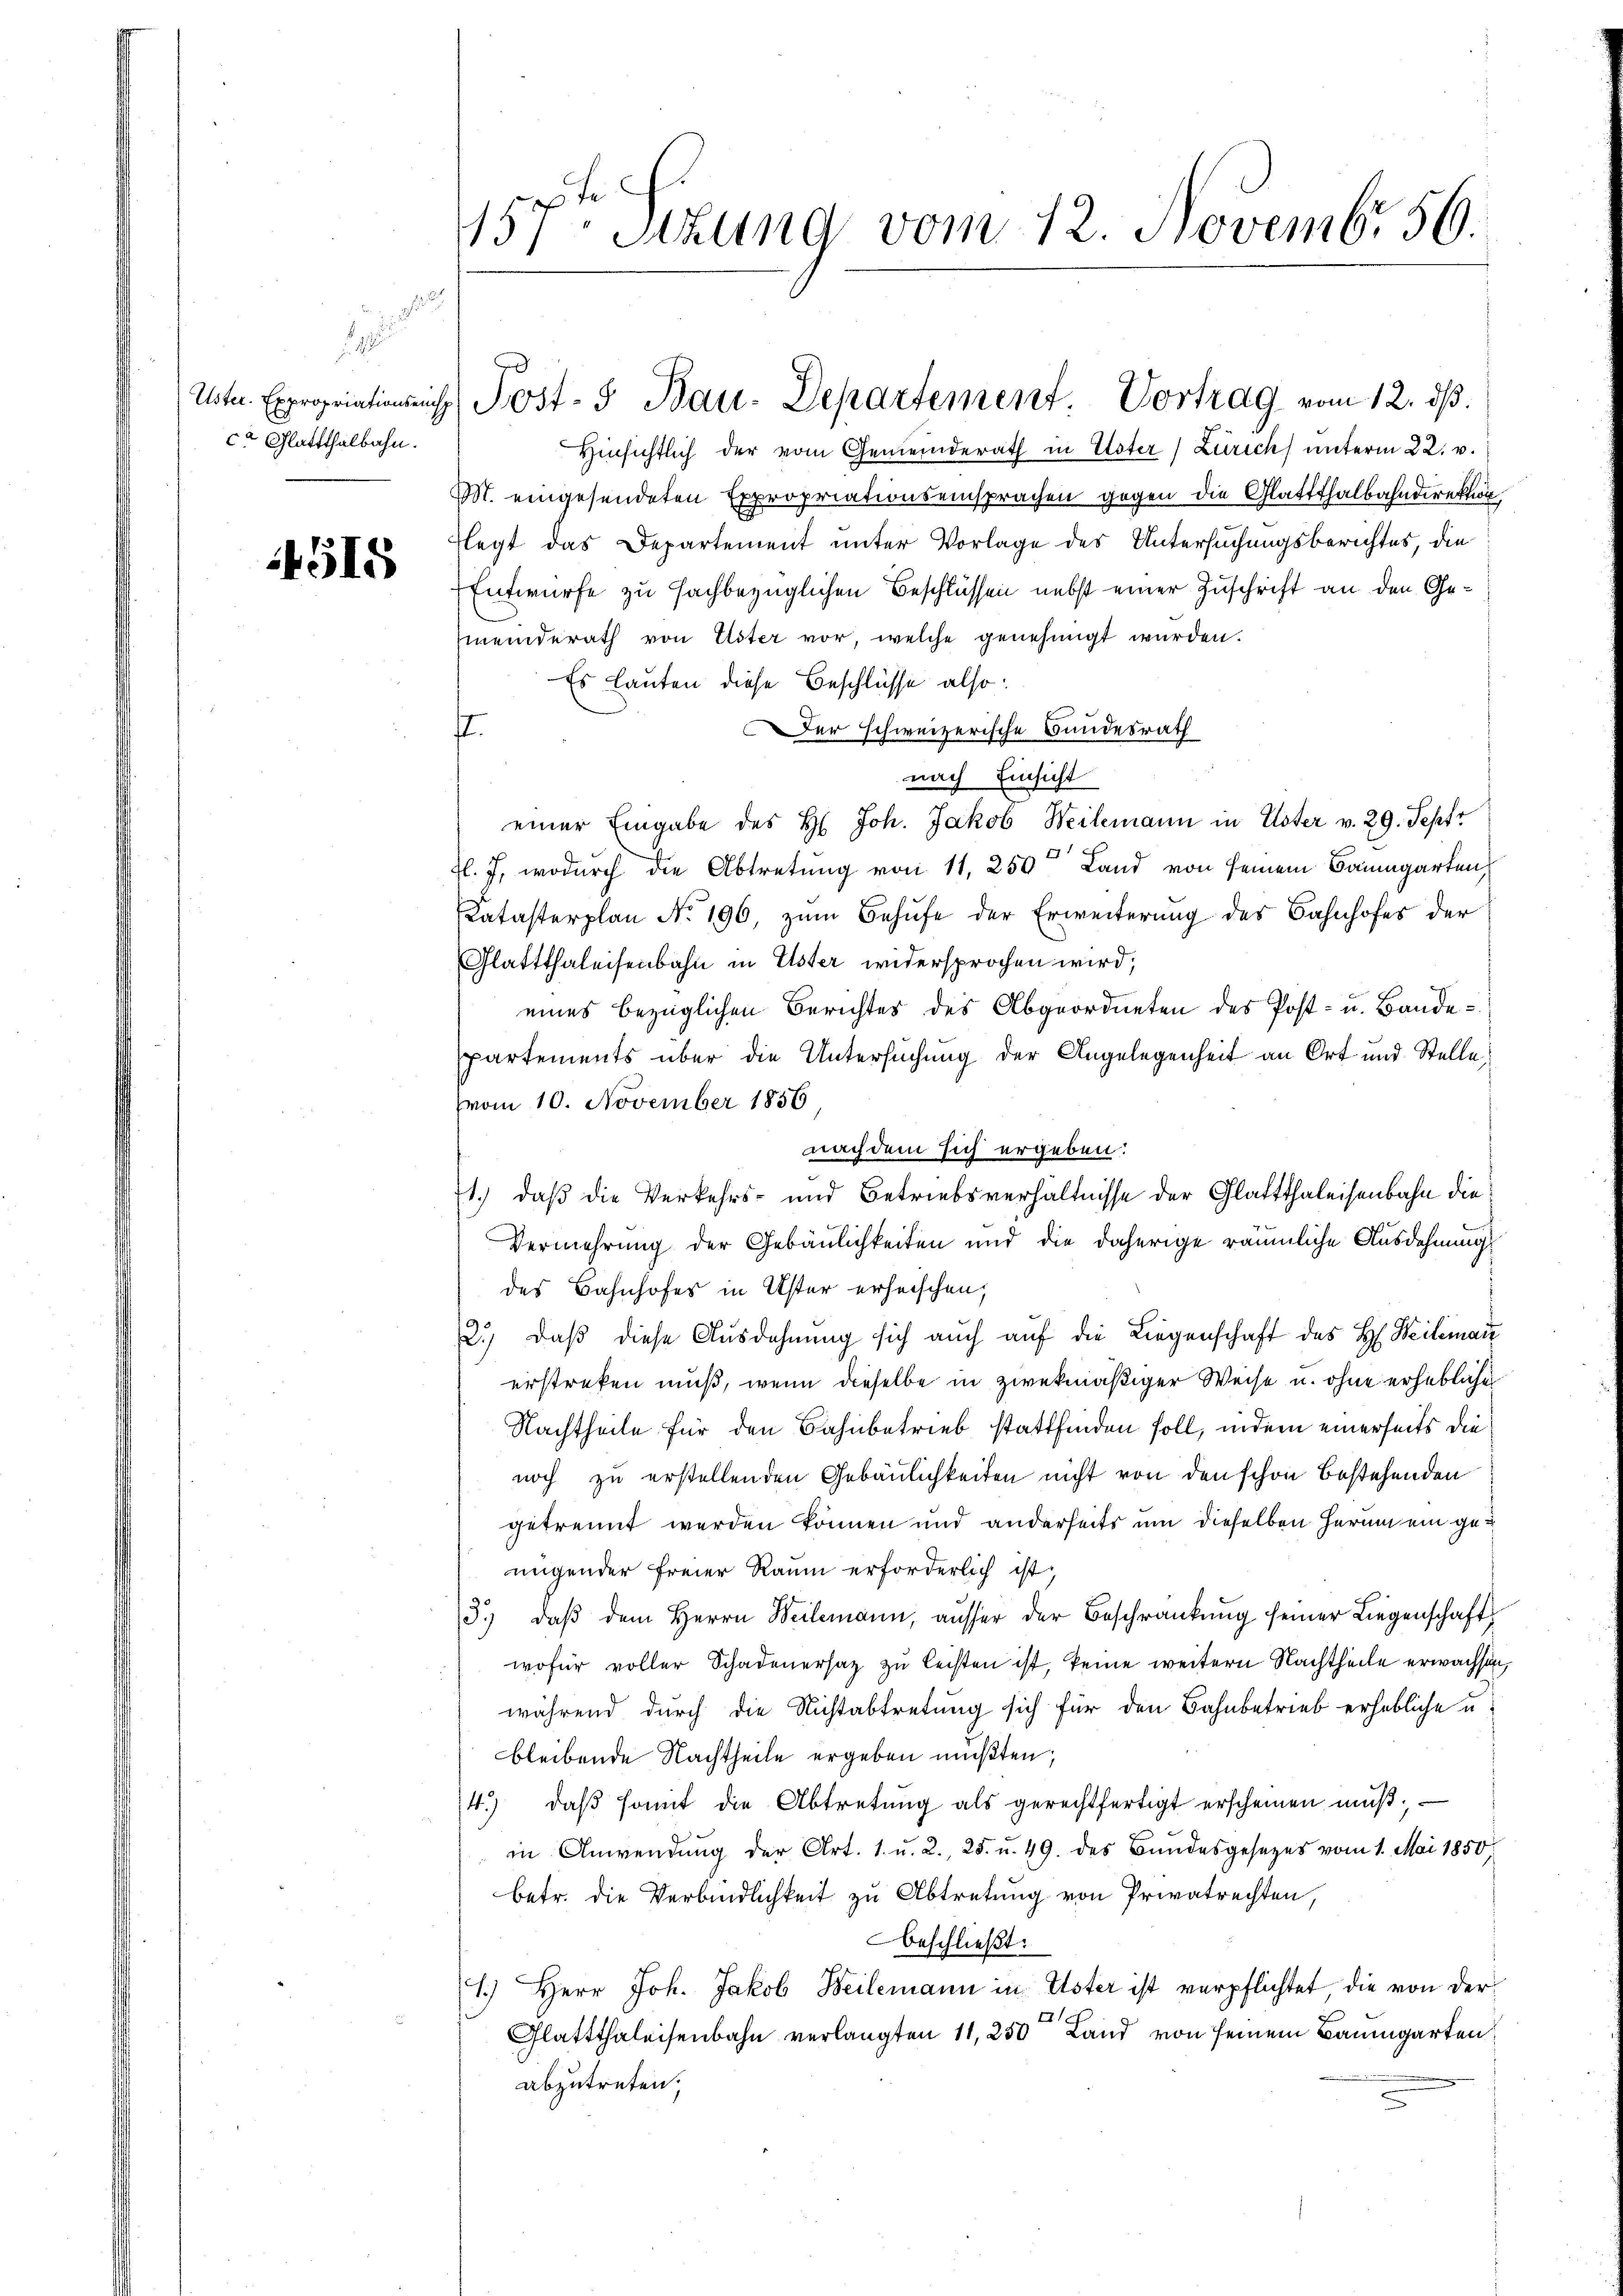
.
ca Glattthalbahn.

4515

s

157ten Sizung vom 12. Novembr 50.

Hinsichtlich der vom Gemeinderath in Uster) Zürich) unterm 22. v.
M. eingesendeten Expropriationseinsprachen gegen die Glattthalbahndirektion
Hegt das Departement unter Vorlage des Untersuchungsberichtes, die
Entwurfe zu sachbezüglichen Beschlüssen nebst einer Zuschrift an den Gemeinderath von Uster vor, welche genehmigt wurden.
Es lauten diese Beschlüsse also:
er schweizerische Bundesrath
.
nach Einsicht
einer Eingabe des H. Joh. Jakob Weilemann in Uster v. 29. Sept
fl. 7, wodurch die Abtretung von 11, 250 Land von seinem Baumgarten,
Katasterplan No. 196, zŭm Behufe der Erweiterung des Bahnhofes der
Glattthaleisenbahn in Uster widersprochen wird;
eines bezüglichen Berichtes des Abgeordneten des Post- u. Bande
partements über die Untersuchung der Angelegenheit an Ort und Stelle
(vom 10. November 1856.
nachdem sich ergeben:
1.) daß die Verkehrs- und Betriebsverhältnisse der Glattthaleisenbahn die
Vermehrung der Gebäulichkeiten und die daherige räumliche Ausdehnung
des Bahnhofes in Uster erheischen,
2.) Daß diese Ausdehnung sich auch auf die Liegenschaft des H. Weileman
erstreken muß, wenn dieselbe in zwekmäßiger Weise u. ohne erhebliche
Nachtheile für den Bahnbetrieb stattfinden soll, indem einerseits die
noch zu erstellenden Gebäulichkeiten nicht von den schon bestehenden
getrennt werden können und anderseits um dieselben Herum ein genügender freier Raum erforderlich ist,
3.) daβ dem Herrn Weilemann, aŭsser der Beschränkŭng seiner Liegenschaft
wofür voller Schadenersatz zu leisten ist, keine weitern Nachtheile erwachsen,
während durch die Nichtabtretung sich für den Bahnbetrieb erhebliche u.
bleibende Nachtheile ergeben mußten;
4.) daß somit die Abtretung als gerechtfertigt erscheinen muß,
in Anwendung der Art. 1. u. 2., 25. u. 49. des Bundesgesezes vom 1. Mai 1850
betr. die Verbindlichkeit zu Abtretung von Privatrechten,
beschließt:
1.) Herr Joh. Jakob Beilemann in Uster ist verpflichtet, die von der
Glattthaleisenbahn verlangten 11, 250 Land von seinem Baumgarten:
abzutreten.

Uster. Expropriationsrich Post- u Bau-Departement. Vortrag vom 12. ds.